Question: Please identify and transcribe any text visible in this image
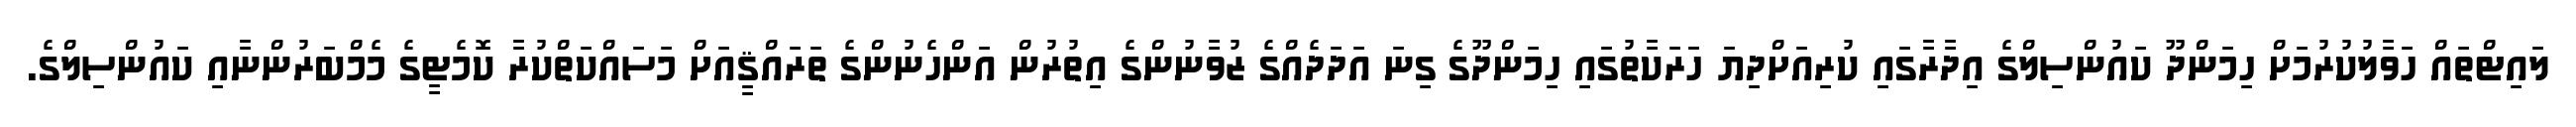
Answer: ލައިޓްތައް ހަވާލުކުރުމަށް ހިމަންދޫ ކައުންސިލްގެ އިދާރާގައި ކުރިއަށްދިޔަ ހަރަކާތުގައި ހިމަންދޫގެ ގިނަ އަދަދެއްގެ ޒުވާނުންގެ އިތުރުން އަންހެނުންގެ ތަރައްޤީއަށް މަސައްކަތްކުރާ ކޮމެޓީގެ މެމްބަރުންނާއި ކައުންސިލްގެ.